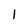
Character: I